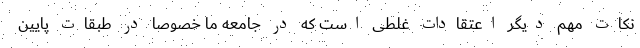
نکات مهم دیگر اعتقادات غلطی است که در جامعه ما خصوصاً در طبقات پایین